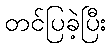
တင်ပြခဲ့ပြီး